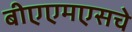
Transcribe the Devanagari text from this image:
बीएएमएसचे